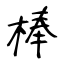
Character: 棒